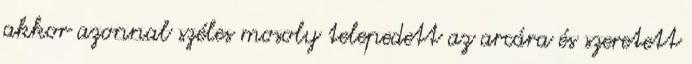
akkor azonnal széles mosoly telepedett az arcára és szeretett